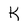
Character: K